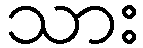
သား